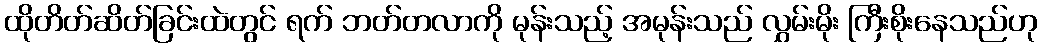
ထိုတိတ်ဆိတ်ခြင်းထဲတွင် ရက် ဘတ်တလာကို မုန်းသည့် အမုန်းသည် လွှမ်းမိုး ကြီးစိုးနေသည်ဟု